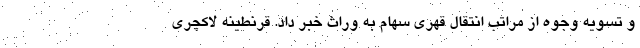
و تسویه وجوه از مراتب انتقال قهری سهام به وراث خبر داد. قرنطینه لاکچری